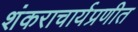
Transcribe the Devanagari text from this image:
शंकराचार्यप्रणीत